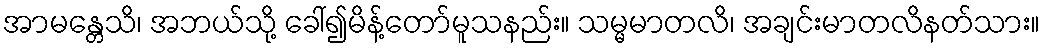
အာမန္တေသိ၊ အဘယ်သို့ ခေါ်၍မိန့်တော်မူသနည်း။ သမ္မမာတလိ၊ အချင်းမာတလိနတ်သား။